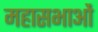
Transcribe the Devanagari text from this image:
महासभाओं